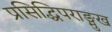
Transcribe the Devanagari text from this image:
प्रसिद्धिपराङ्मुख